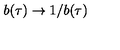
b ( \tau ) \rightarrow 1 / b ( \tau )